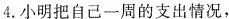
4.小明把自己一周的支出情况，